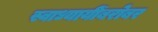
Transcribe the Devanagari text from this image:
स्वाध्यायींबरोबर